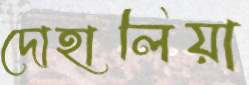
দোহালিয়া